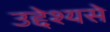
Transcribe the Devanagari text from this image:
उद्देश्यसे